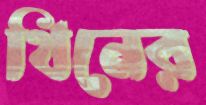
থিনের